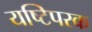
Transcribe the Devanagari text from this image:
यष्टिपरक